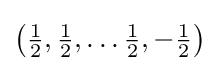
{\bigl (}{\tfrac {1}{2}},{\tfrac {1}{2}},\ldots {\tfrac {1}{2}},-{\tfrac {1}{2}}{\bigr )}